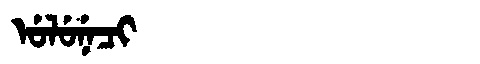
Manchu: ᡠᠯᡠᠨᡝᠴᡳ
Romanization: ULUNECI